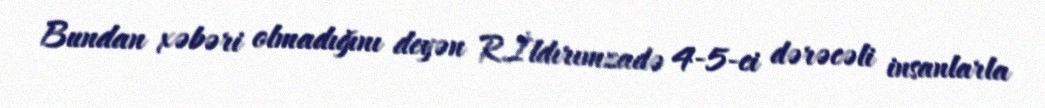
Bundan xəbəri olmadığını deyən R.İldırımzadə 4-5-ci dərəcəli insanlarla